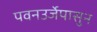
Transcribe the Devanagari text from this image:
पवनउर्जेपासुन